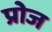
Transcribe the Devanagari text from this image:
प्रोज